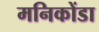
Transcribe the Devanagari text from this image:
मनिकोंडा